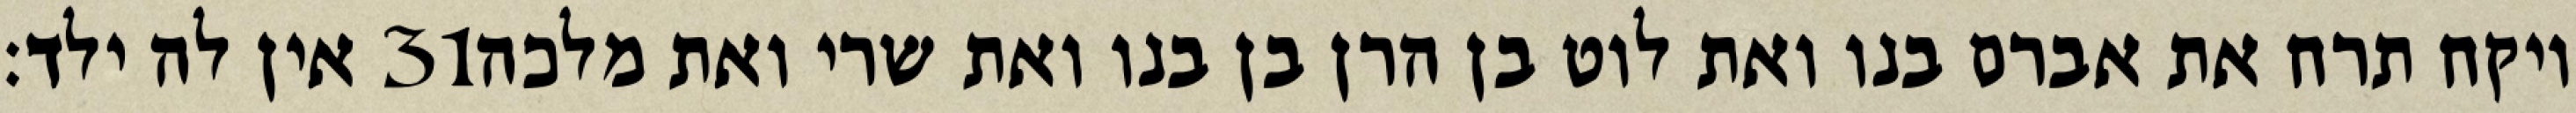
אין לה ילד׃ ‎31‏ ויקח תרח את אברם בנו ואת לוט בן הרן בן בנו ואת שרי ואת מלכה